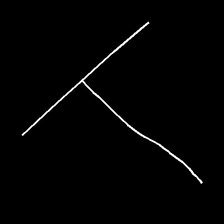
Glyph: column